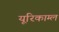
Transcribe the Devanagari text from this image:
यूरिकाम्ल